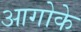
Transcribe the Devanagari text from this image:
आगोके